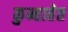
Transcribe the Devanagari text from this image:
कुन्हाहेत